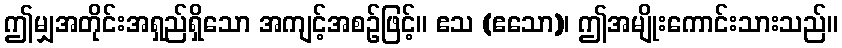
ဤမျှအတိုင်းအရှည်ရှိသော အကျင့်အစဉ်ဖြင့်။ ဧသ (ဧသော)၊ ဤအမျိုးကောင်းသားသည်။